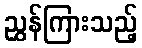
ညွှန်ကြားသည့်